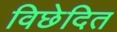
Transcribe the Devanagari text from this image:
विछेदित